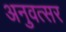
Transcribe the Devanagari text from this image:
अनुवत्सर